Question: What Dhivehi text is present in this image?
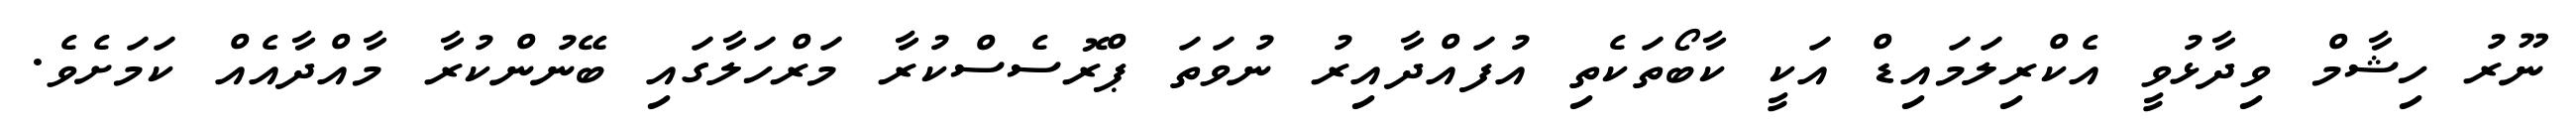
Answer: ނޫރު ހިޝާމް ވިދާޅުވީ އެކްރިލަމައިޑް އަކީ ކާބޯތަކެތި އުފައްދާއިރު ނުވަތަ ޕްރޮސެސްކުރާ މަރްހަލާގައި ބޭނުންކުރާ މާއްދާއެއް ކަމަށެވެ.